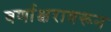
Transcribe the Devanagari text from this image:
वर्णाक्षरावरून